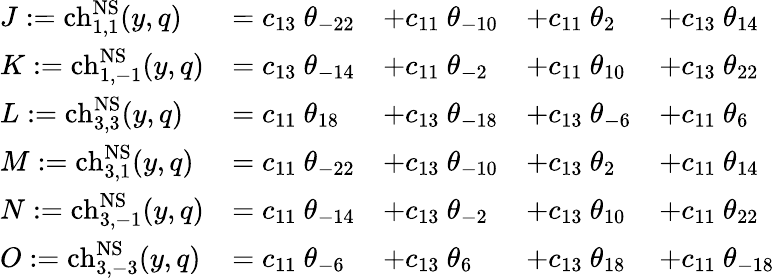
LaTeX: \begin{array}{lllll}{{J:=\mathrm{ch}_{1,1}^{\mathrm{NS}}(y,q)}}&{{=c_{13}~\theta_{-22}}}&{{+c_{11}~\theta_{-10}}}&{{+c_{11}~\theta_{2}}}&{{+c_{13}~\theta_{14}}}\\ {{K:=\mathrm{ch}_{1,-1}^{\mathrm{NS}}(y,q)}}&{{=c_{13}~\theta_{-14}}}&{{+c_{11}~\theta_{-2}}}&{{+c_{11}~\theta_{10}}}&{{+c_{13}~\theta_{22}}}\\ {{L:=\mathrm{ch}_{3,3}^{\mathrm{NS}}(y,q)}}&{{=c_{11}~\theta_{18}}}&{{+c_{13}~\theta_{-18}}}&{{+c_{13}~\theta_{-6}}}&{{+c_{11}~\theta_{6}}}\\ {{M:=\mathrm{ch}_{3,1}^{\mathrm{NS}}(y,q)}}&{{=c_{11}~\theta_{-22}}}&{{+c_{13}~\theta_{-10}}}&{{+c_{13}~\theta_{2}}}&{{+c_{11}~\theta_{14}}}\\ {{N:=\mathrm{ch}_{3,-1}^{\mathrm{NS}}(y,q)}}&{{=c_{11}~\theta_{-14}}}&{{+c_{13}~\theta_{-2}}}&{{+c_{13}~\theta_{10}}}&{{+c_{11}~\theta_{22}}}\\ {{O:=\mathrm{ch}_{3,-3}^{\mathrm{NS}}(y,q)}}&{{=c_{11}~\theta_{-6}}}&{{+c_{13}~\theta_{6}}}&{{+c_{13}~\theta_{18}}}&{{+c_{11}~\theta_{-18}}}\end{array}